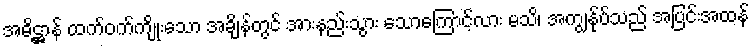
အဓိဋ္ဌာန် ထက်ဝက်ကျိုးသော အချိန်တွင် အားနည်းသွား သောကြောင့်လား မသိ၊ အကျွန်ုပ်သည် အပြင်းအထန်